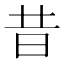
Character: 昔